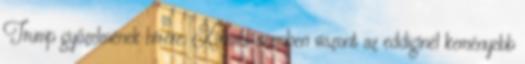
Trump győzelmének hírére. Kínával szemben viszont az eddiginél keményebb